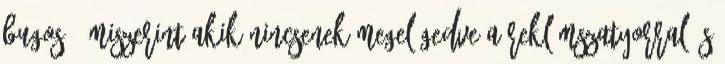
bugos , miszerint akik nincsenek megelégedve a reklámszatyorral és